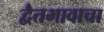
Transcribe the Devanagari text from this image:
द्वैतभावाचा